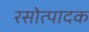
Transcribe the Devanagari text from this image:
रसोत्पादक